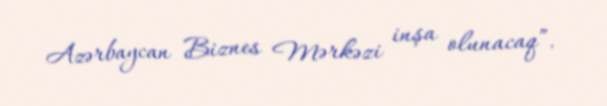
Azərbaycan Biznes Mərkəzi inşa olunacaq”.